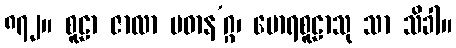
၈၇၂။ စူဠာ ဇာလာ ပဓာန’ဂ္ဂ၊ မောရစူဠာသု သာ သိခါ။